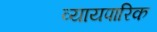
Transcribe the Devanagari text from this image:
व्यायपारिक